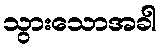
သွားသောအခါ